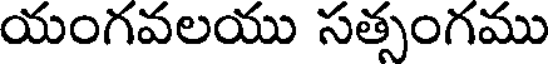
యంగవలయు సత్సంగము